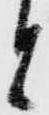
と